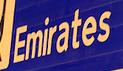
emirates